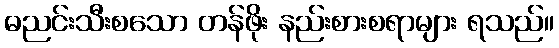
ဓညင်းသီးစသော တန်ဖိုး နည်းစားစရာများ ရသည်။